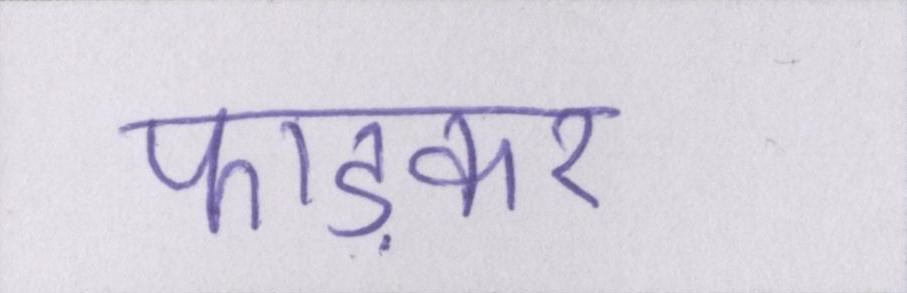
फाड़कर